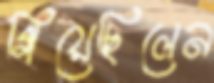
গিয়েছিলেন